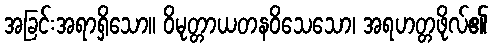
အခြင်းအရာရှိသော။ ဝိမုတ္တာယတနဝိသေသော၊ အရဟတ္တဖိုလ်၏